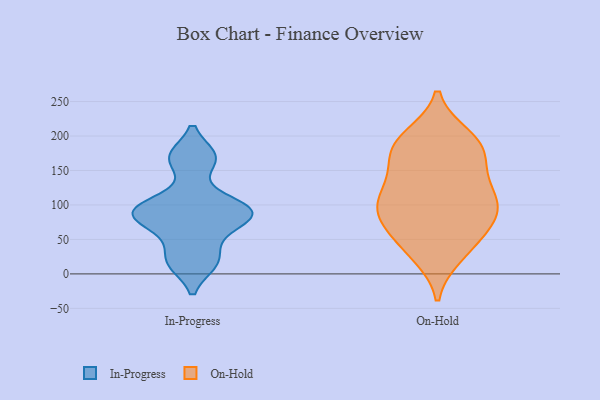
{"axis": {"x": "Headcount", "y": "Value"}, "legend": ["In-Progress", "On-Hold"], "data": [{"x": "", "y": 20, "type": "In-Progress"}, {"x": "", "y": 90, "type": "In-Progress"}, {"x": "", "y": 168, "type": "In-Progress"}, {"x": "", "y": 169, "type": "In-Progress"}, {"x": "", "y": 16, "type": "In-Progress"}, {"x": "", "y": 88, "type": "In-Progress"}, {"x": "", "y": 58, "type": "In-Progress"}, {"x": "", "y": 83, "type": "In-Progress"}, {"x": "", "y": 104, "type": "In-Progress"}, {"x": "", "y": 90, "type": "In-Progress"}, {"x": "", "y": 92, "type": "On-Hold"}, {"x": "", "y": 131, "type": "On-Hold"}, {"x": "", "y": 174, "type": "On-Hold"}, {"x": "", "y": 199, "type": "On-Hold"}, {"x": "", "y": 82, "type": "On-Hold"}, {"x": "", "y": 32, "type": "On-Hold"}, {"x": "", "y": 183, "type": "On-Hold"}, {"x": "", "y": 193, "type": "On-Hold"}, {"x": "", "y": 166, "type": "On-Hold"}, {"x": "", "y": 190, "type": "On-Hold"}, {"x": "", "y": 86, "type": "On-Hold"}, {"x": "", "y": 104, "type": "On-Hold"}, {"x": "", "y": 49, "type": "On-Hold"}, {"x": "", "y": 136, "type": "On-Hold"}, {"x": "", "y": 99, "type": "On-Hold"}, {"x": "", "y": 59, "type": "On-Hold"}, {"x": "", "y": 27, "type": "On-Hold"}, {"x": "", "y": 125, "type": "On-Hold"}, {"x": "", "y": 90, "type": "On-Hold"}]}